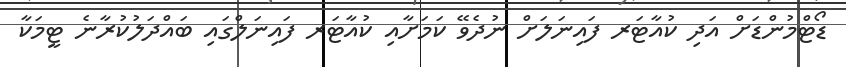
ޑޯޓްމުންޑަށް އަދި ކުއާޓަރ ފައިނަލަށް ނުދެވޭ ކަމަށާއި ކުއާޓަރ ފައިނަލްގައި ބައްދަލުކުރާނެ ޓީމަކާ